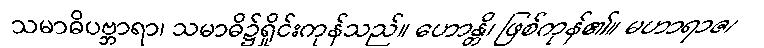
သမာဓိပဗ္ဘာရာ၊ သမာဓိ၌ရှိုင်းကုန်သည်။ ဟောန္တိ၊ ဖြစ်ကုန်၏။ မဟာရာဇ၊